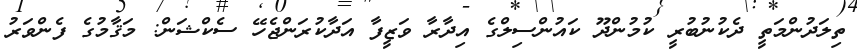
ތިލަދުންމަތީ ދެކުނުބުރީ ކުމުންދޫ ކައުންސިލްގެ އިދާރާ ވަޒީފާ އަދާކުރަންޖެހޭ ސެކްޝަން: މަޤާމުގެ ފެންވަރު